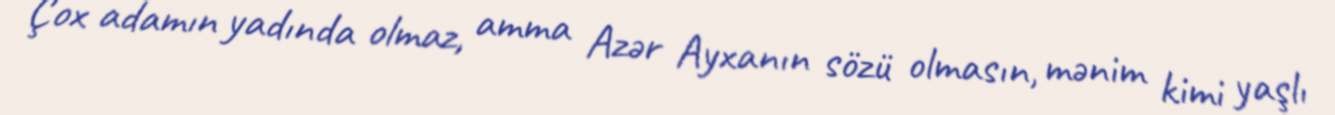
Çox adamın yadında olmaz, amma Azər Ayxanın sözü olmasın, mənim kimi yaşlı